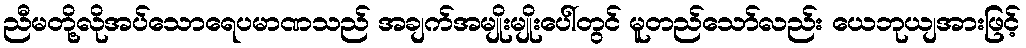
ညီမတို့လိုအပ်သောရေပမာဏသည် အချက်အမျိုးမျိုးပေါ်တွင် မူတည်သော်လည်း ယေဘုယျအားဖြင့်